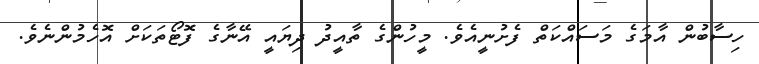
ހިސާބުން އާމަގެ މަސައްކަތް ފެށުނީއެވެ. މީހުންގެ ތާއީދު ދިޔައީ އޭނާގެ ފޮޓޯތަކަށް އޮހެމުންނެވެ.